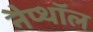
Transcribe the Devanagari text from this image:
नैप्थॉल